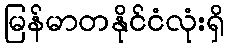
မြန်မာတနိုင်ငံလုံးရှိ